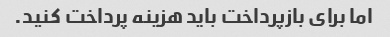
اما برای بازپرداخت باید هزینه پرداخت کنید.